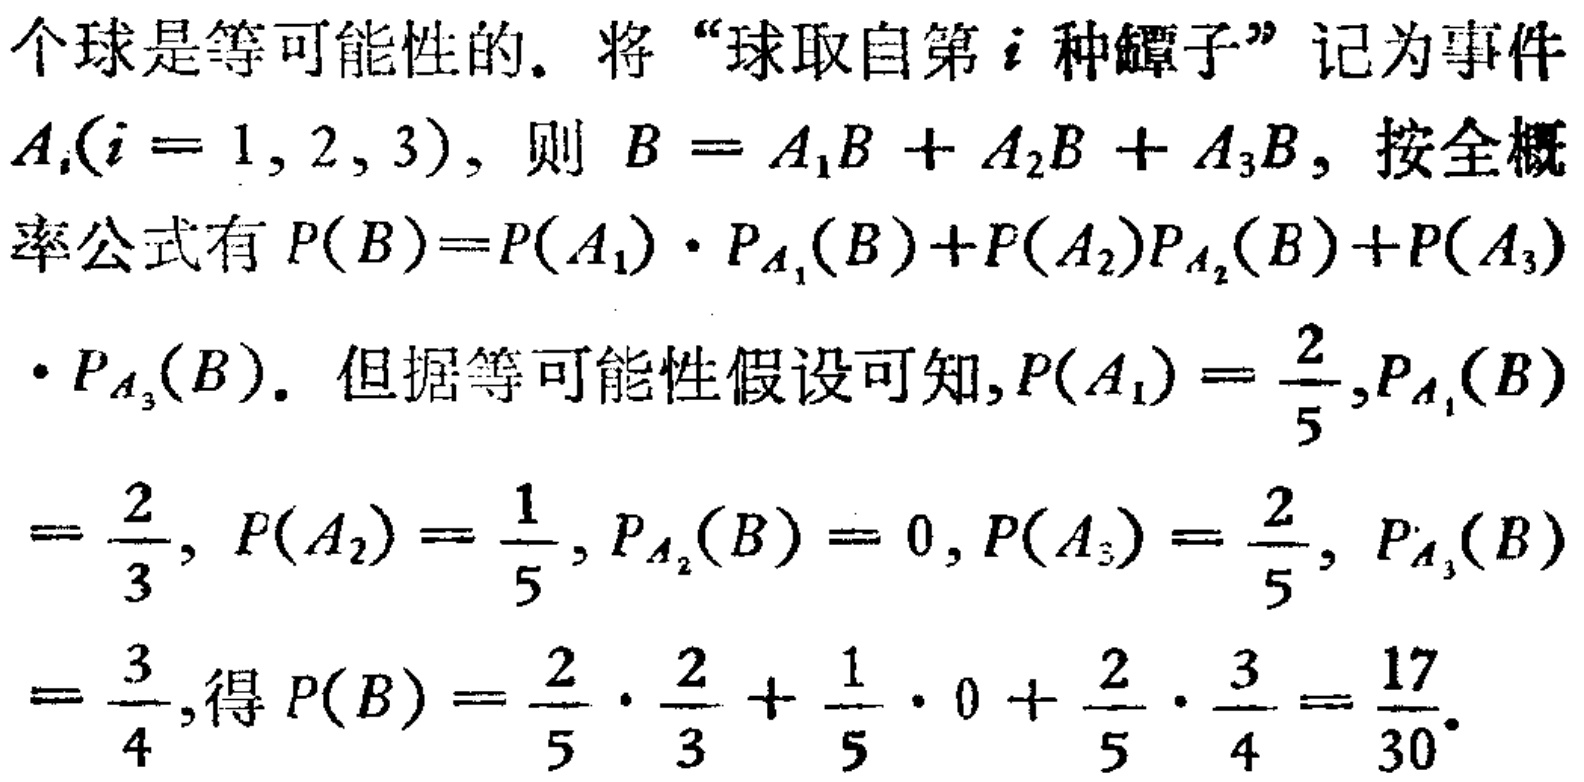
\begin{align*}

&\therefore PM = \frac{1}{2}AD;\\

&\because P\text{ 是 }BD\text{ 的中点,}\\

&N\text{ 是 }DC\text{ 的中点,}\\

&\therefore NP\parallel AB.\\

&\because Q\text{ 是 }MN\text{ 的中点.}\\

&\therefore \text{可证 }\triangle QPN\cong\triangle QEM,\\

&\therefore PN = EM.\\

&\therefore PMEN\text{ 为平行四边形,}\\

&\therefore PM\parallel NE\parallel DA.\\

&\because N\text{ 是 }DC\text{ 的中点,}\\

&\therefore E\text{ 是 }AC\text{ 的中点.}

\end{align*}